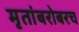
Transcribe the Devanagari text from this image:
मृतांबरोबरच